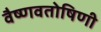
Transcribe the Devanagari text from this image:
वैष्णवतोषिणी